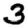
Digit: 3